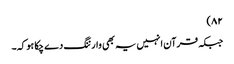
۸۲)
جبکہ قرآن انہیں یہ بھی وارننگ دے چکا ہو کہ۔